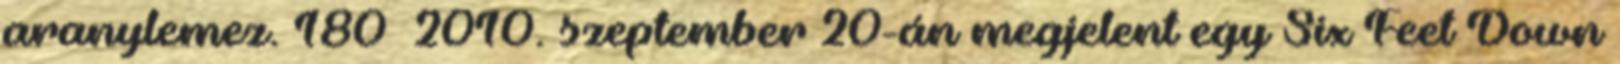
aranylemez. 180 2010. szeptember 20-án megjelent egy Six Feet Down